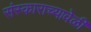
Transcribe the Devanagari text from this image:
संस्काराच्यावेळी